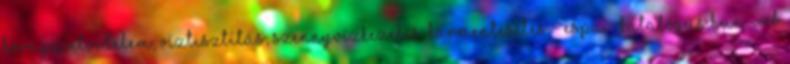
Környezetvédelem, Víztisztítás, Szennyvízkezelés, Kármentesítés - Espa - Katalógus Hun-Web